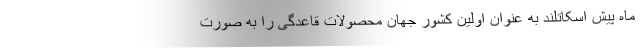
ماه پیش اسکاتلند به عنوان اولین کشور جهان محصولات قاعدگی را به صورت